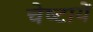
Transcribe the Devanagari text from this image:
चेष्‍टायें